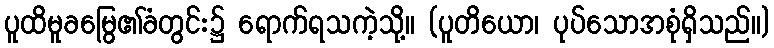
ပူထိမူခမြွေ၏ခံတွင်း၌ ရောက်ရသကဲ့သို့။ (ပူတိယော၊ ပုပ်သောအစုံရှိသည်။)